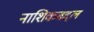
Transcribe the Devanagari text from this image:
नाशिकबद्दल